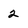
Character: 2